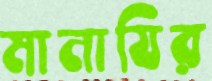
মানাযির